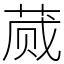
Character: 蒇